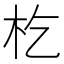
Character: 杚